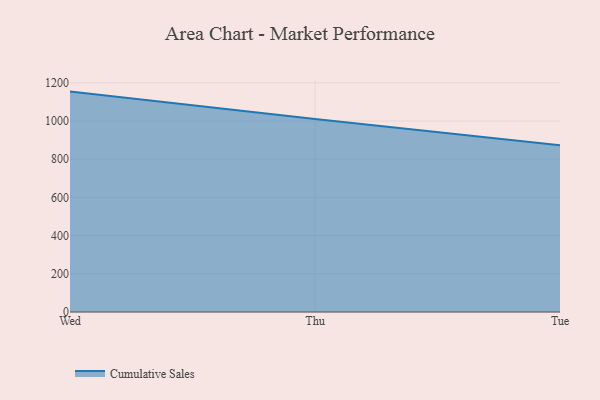
{"axis": {"x": "Day", "y": "Headcount"}, "legend": ["Cumulative Sales"], "data": [{"x": "Wed", "y": 1153.9, "type": "Cumulative Sales"}, {"x": "Thu", "y": 1010.1, "type": "Cumulative Sales"}, {"x": "Tue", "y": 873.4, "type": "Cumulative Sales"}]}